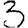
Digit: 3